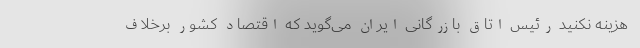
هزینه نکنید رئیس اتاق بازرگانی ایران می‌گوید که اقتصاد کشور برخلاف